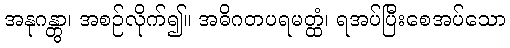
အနုဂန္တွာ၊ အစဉ်လိုက်၍။ အဓိဂတပရမတ္ထံ၊ ရအပ်ပြီးစေအပ်သော